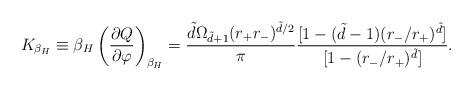
LaTeX: \begin{align*}K_{\beta_H}\equiv\beta_H\left(\frac{\partial Q}{\partial \varphi}\right)_{\beta _H}=\frac{\tilde{d}\Omega _{\tilde{d}+1}(r_+r_-)^{\tilde{d}/2}}{\pi}\frac{[1-(\tilde{d}-1)(r_-/r_+)^{\tilde{d}}]}{[1-(r_-/r_+)^{\tilde{d}}]}.\end{align*}